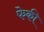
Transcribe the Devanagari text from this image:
फेकीं